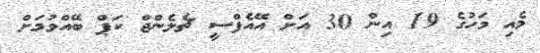
މެއި މަހުގެ 19 އިން 30 އަށް އޭއެފްސީ ޗެލެންޖް ކަޕް ބޭއްވުމަށް